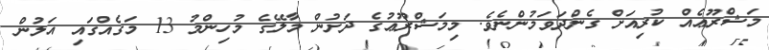
މަޝްރޫޢެއް ކުރިއަށް ގެންދަވަމުންނެވެ. މިމަޝްރޫޢުގެ ދަށުން މާލޭގެ މުހިންމު 13 މަގެއްގައި އަލުން